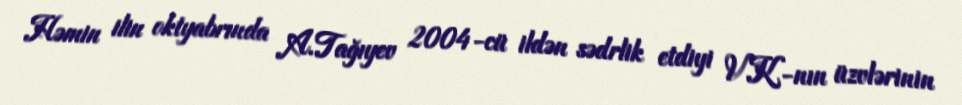
Həmin ilin oktyabrında A.Tağıyev 2004-cü ildən sədrlik etdiyi VK-nın üzvlərinin